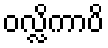
ဝလ္လိကာပိ